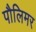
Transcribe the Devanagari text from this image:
पौलिमर